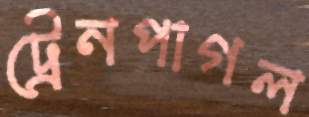
ট্রেনপাগল